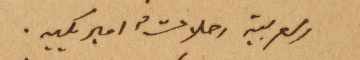
العربية رحلاتٌ اميريكيه.